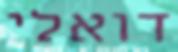
דואלי